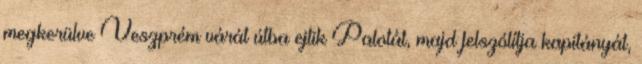
megkerülve Veszprém várát útba ejtik Palotát, majd felszólítja kapitányát,